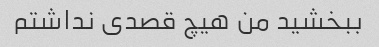
ببخشید من هیچ قصدی نداشتم